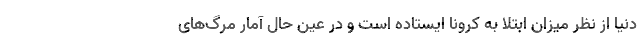
دنیا از نظر میزان ابتلا به کرونا ایستاده است و در عین حال آمار مرگ‌های